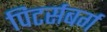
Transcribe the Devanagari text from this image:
पिटर्सबर्ग